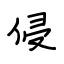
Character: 侵